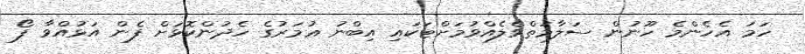
ހަމަ އެހެންމެ ހޫނުން ސަލާމަތްވެލެއްވުމަށްޓަކައި އިބްނު ޢުމަރުގެ ހެދުންކޮޅަށް ފެން އަޅުއްވާ ފޯ